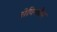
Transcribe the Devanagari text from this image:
सेविकोम